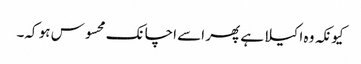
کیونکہ وہ اکیلا ہے پھر اسے اچانک محسوس ہو کہ۔